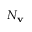
N _ { \mathbf { v } }